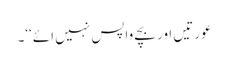
عورتیں اور بچے واپس نہیں ائے‘‘۔